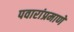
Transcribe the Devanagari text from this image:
पवारांप्रमाणे